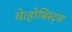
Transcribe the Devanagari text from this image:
थे।होबिस्ट्स